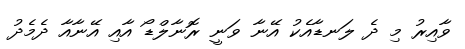
ވާއިރު މި ދެ ލަނޑާއެކު އޭނާ ވަނީ ރޮނާލްޑޯ އާއި އޭނާއާ ދެމެދު